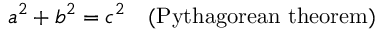
\displaystyle a ^ { 2 } + b ^ { 2 } = c ^ { 2 } \quad ( { \mathrm { P y t h a g o r e a n ~ t h e o r e m } } )